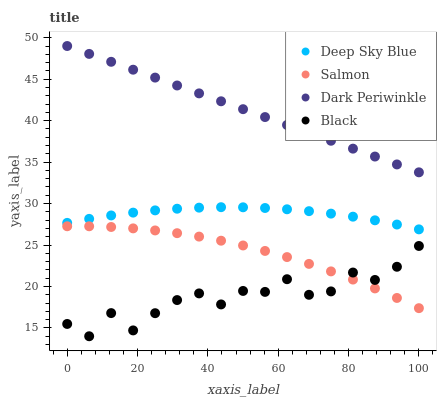
| xaxis_label | Deep Sky Blue | Salmon | Dark Periwinkle | Black |
 | --- | --- | --- | --- | --- |
 | 0 | 27.7 | 27.3 | 49 | 15.5 |
 | 6.25 | 28.2 | 27.3 | 48 | 14 |
 | 12.5 | 28.6 | 27.2 | 47.1 | 16.8 |
 | 18.8 | 28.9 | 27 | 46.1 | 14.7 |
 | 25 | 29.2 | 26.8 | 45.2 | 16.8 |
 | 31.2 | 29.4 | 26.4 | 44.2 | 18.4 |
 | 37.5 | 29.5 | 26 | 43.3 | 19.2 |
 | 43.8 | 29.6 | 25.5 | 42.3 | 17.8 |
 | 50 | 29.6 | 24.9 | 41.4 | 19.5 |
 | 56.2 | 29.5 | 24.3 | 40.4 | 19.3 |
 | 62.5 | 29.3 | 23.5 | 39.5 | 20.9 |
 | 68.8 | 29.1 | 22.7 | 38.5 | 19 |
 | 75 | 28.8 | 21.8 | 37.6 | 19.4 |
 | 81.2 | 28.4 | 20.8 | 36.6 | 21.7 |
 | 87.5 | 28 | 19.8 | 35.7 | 20.8 |
 | 93.8 | 27.5 | 18.6 | 34.7 | 22.4 |
 | 100 | 26.9 | 17.4 | 33.8 | 24.9 |